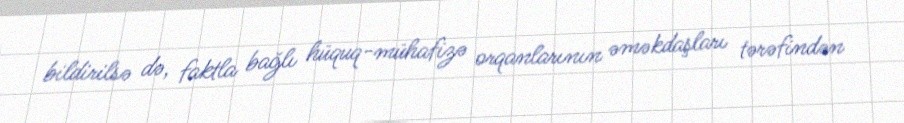
bildirilsə də, faktla bağlı hüquq-mühafizə orqanlarının əməkdaşları tərəfindən